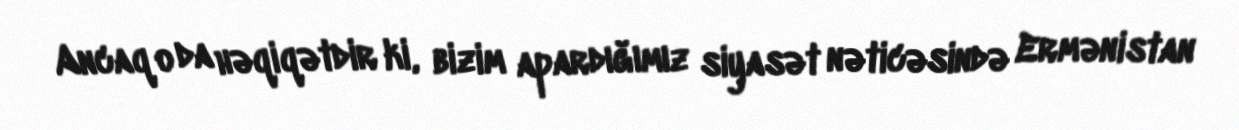
Ancaq o da həqiqətdir ki, bizim apardığımız siyasət nəticəsində Ermənistan